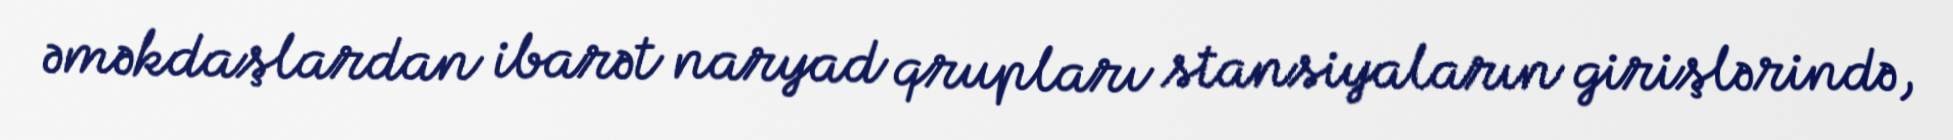
əməkdaşlardan ibarət naryad qrupları stansiyaların girişlərində,